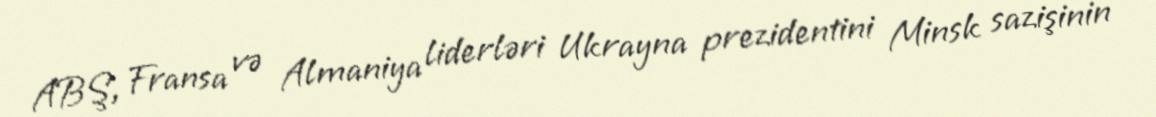
ABŞ, Fransa və Almaniya liderləri Ukrayna prezidentini Minsk sazişinin